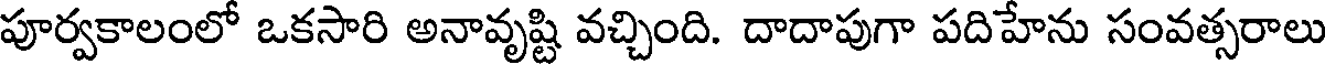
పూర్వకాలంలో ఒకసారి అనావృష్టి వచ్చింది. దాదాపుగా పదిహేను సంవత్సరాలు